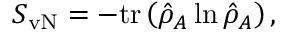
\begin{array} { r } { S _ { \mathrm { v N } } = - \mathrm { t r } \left( \hat { \rho } _ { A } \ln \hat { \rho } _ { A } \right) , } \end{array}